Report on lock hospitals in British Burma
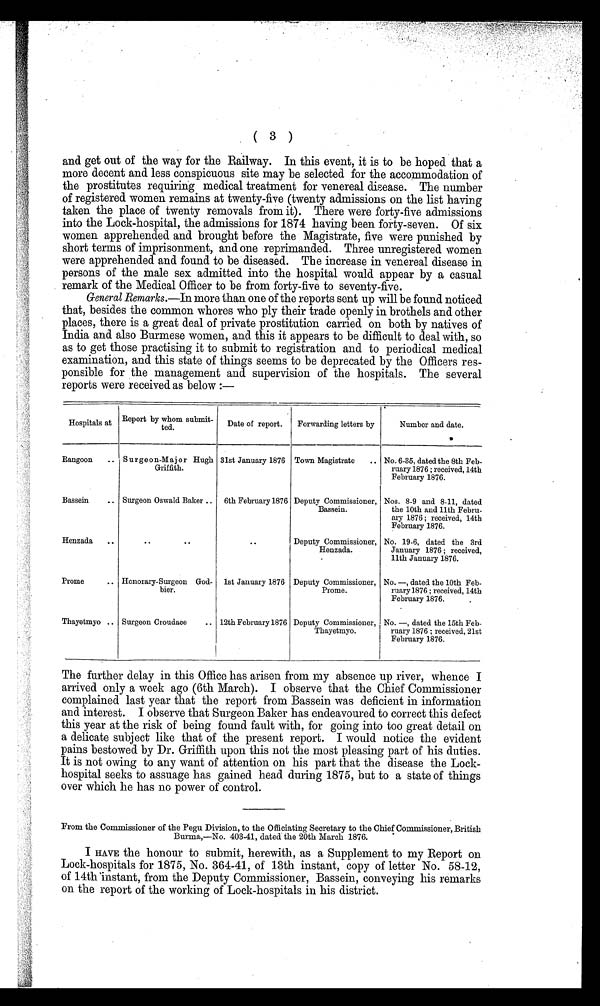
( 3 )
and get out of the way for the Railway. In this event, it is to be hoped that a
more decent and less conspicuous site may be selected for the accommodation of
the prostitutes requiring medical treatment for venereal disease. The number
of registered women remains at twenty-five (twenty admissions on the list having
taken the place of twenty removals from it). There were forty-five admissions
into the Lock-hospital, the admissions for 1874 having been forty-seven. Of six
women apprehended and brought before the Magistrate, five were punished by
short terms of imprisonment, and one reprimanded. Three unregistered women
were apprehended and found to be diseased. The increase in venereal disease in
persons of the male sex admitted into the hospital would appear by a casual
remark of the Medical Officer to be from forty-five to seventy-five.
General Remarks.—In more than one of the reports sent up will be found noticed
that, besides the common whores who ply their trade openly in brothels and other
places, there is a great deal of private prostitution carried on both by natives of
India and also Burmese women, and this it appears to be difficult to deal with, so
as to get those practising it to submit to registration and to periodical medical
examination, and this state of things seems to be deprecated by the Officers res-
ponsible for the management and supervision of the hospitals. The several
reports were received as below :—
Hospitals at
Report by whom submit-
- ted.
Date of report.
Forwarding letters by
Number and date.
Rangoon
.. S ur g e o n-M ajor Hugh
Griffith.
31st January 1876 Town Magistrate
.. No. 6–35, dated the 8th Feb-
ruary 1876 ; received, 14th
February 1876.
Bassein
.. Surgeon Oswald Baker ..
6th February 1876 Deputy Commissioner,
Bassein.
Nos. 8-9 and 8-11, dated
the 10th and 11th Febru-
ary 1876; received, 14th
February 1876.
Henzada
..
..
..
..
Deputy Commissioner,
Henzada.
No. 19-6, dated the 3rd
January 1876; received,
11th January 1876.
Prome
• .
Honorary-Surgeon God-
bier.
1st January 1876 Deputy Commissioner,
Prome.
No. —, dated the 10th Feb-
ruary 1876 ; received, 14th
February 1876.
Thayetmyo .. Surgeon Croudace
.. 12th February 1876 Deputy Commissioner,
Thayetmyo.
No. —, dated the 15th Feb-
ruary 1876 ; received, 21st
February 1876.
The further delay in this Office has arisen from my absence up river, whence I
arrived only a week ago (6th March). I observe that the Chief Commissioner
complained last year that the report from Bassein was deficient in information
and interest. I observe that Surgeon Baker has endeavoured to correct this defect
this year at the risk of being found fault with, for going into too great detail on
a delicate subject like that of the present report. I would notice the evident
pains bestowed by Dr. Griffith upon this not the most pleasing part of his duties.
It is not owing to any want of attention on his part that the disease the Lock-
hospital seeks to assuage has gained head during 1875, but to a state of things
over which he has no power of control.
From the Commissioner of the Pegu Division, to the Officiating Secretary to the Chief Commissioner, British
Burma,—No. 403-41, dated the 20th March 1876.
I HAVE the honour to submit, herewith, as a Supplement to my Report on
Lock-hospitals for 1875, No. 364-41, of 13th instant, copy of letter No. 58-12,
of 14th instant, from the Deputy Commissioner, Bassein, conveying his remarks
on the report of the working of Lock-hospitals in his district.